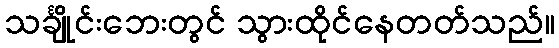
သင်္ချိုင်းဘေးတွင် သွားထိုင်နေတတ်သည်။